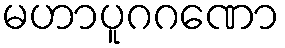
မဟာပူဂဂဏော